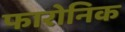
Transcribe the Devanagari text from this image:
फारोनिक